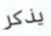
يذكر